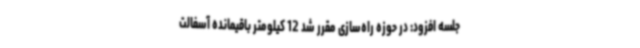
جلسه افزود: در حوزه‌ راه‌سازی مقرر شد 12 کیلومتر باقیمانده آسفالت